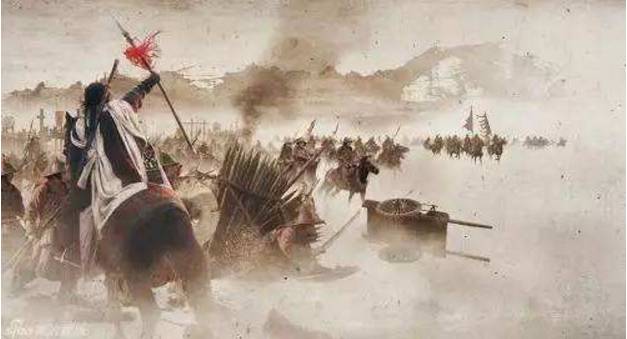
流水本自断人肠，坚冰旧来伤马骨。